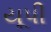
યૂપી